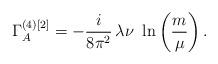
LaTeX: \begin{align*} \Gamma_A^{(4)[2]}=-\frac{i}{8\pi^2}\,\lambda\nu\,\,\ln\left(\frac{m}{\mu}\right).\end{align*}